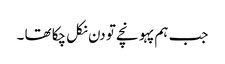
جب ہم پہو نچے تو دن نکل چکا تھا ۔